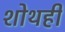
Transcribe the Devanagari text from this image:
शोथही